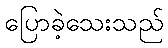
ပြောခဲ့သေးသည်